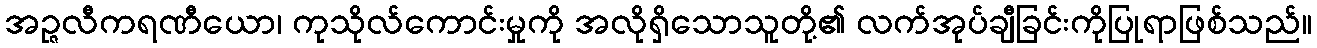
အဉ္ဇလီကရဏီယော၊ ကုသိုလ်ကောင်းမှုကို အလိုရှိသောသူတို့၏ လက်အုပ်ချီခြင်းကိုပြုရာဖြစ်သည်။